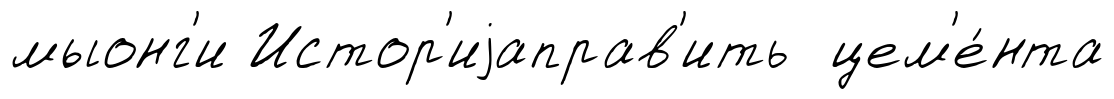
мыонг'и Истор'иjаправ'ить цем'е́нта